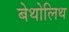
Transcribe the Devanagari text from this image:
बेथोलिथ